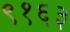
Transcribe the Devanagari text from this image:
९१६३